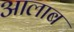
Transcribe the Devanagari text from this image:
आलाब